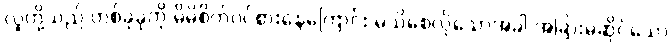
လူတို့သည် တစ်ခုခုကို မိမိစိတ်ဝင်စားနေကြောင်း မသိစေလိုသောအခါ အခြားမဆိုင်သော